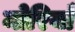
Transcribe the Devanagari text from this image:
मोरियाँ